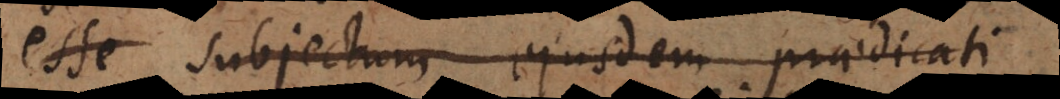
esse subjectum ejusdem praedicati